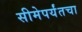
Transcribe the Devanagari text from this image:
सीमेपर्यंतचा